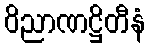
ဝိညာဏဋ္ဌိတီနံ